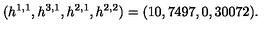
( h ^ { 1 , 1 } , h ^ { 3 , 1 } , h ^ { 2 , 1 } , h ^ { 2 , 2 } ) = ( 1 0 , 7 4 9 7 , 0 , 3 0 0 7 2 ) .